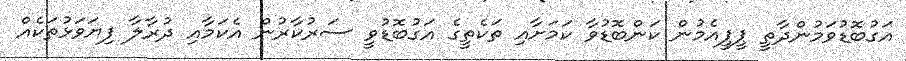
އަގުބޮޑުވަމުންދާތީ ޕީޕީއެމުން ކަންބޮޑުވާ ކަމަށާއި ތަކެތީގެ އަގުބޮޑުވީ ސަރުކާރުން އެކަމާއި ދުރާލާ ފިޔަވަޅުތަކެއް